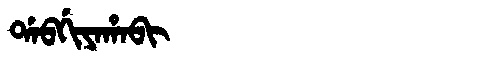
Manchu: ᡩᠠᠪᡤᡳᠶᠠᡥᠠᠪᡳ
Romanization: DABGIYAHABI